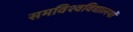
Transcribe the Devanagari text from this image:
समविश्वविद्यालयों